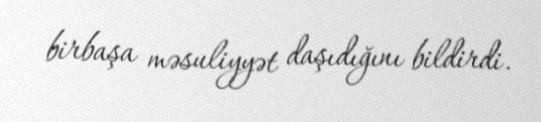
birbaşa məsuliyyət daşıdığını bildirdi.